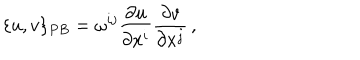
LaTeX: \{ u , v \} _ { P B } = \omega ^ { i j } { \frac { \partial u } { \partial x ^ { i } } } { \frac { \partial v } { \partial x ^ { j } } } \, ,